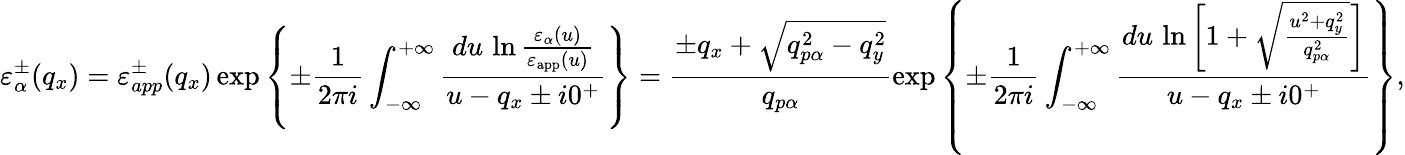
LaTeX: \varepsilon_{\alpha}^{\pm}({{q}_{x}})=\varepsilon_{app}^{\pm}({{q}_{x}})\exp\left\{ \pm\frac{1}{2\pi i}\int_{-\infty}^{+\infty}{\frac{du\, \ln\frac{{{\varepsilon}_{\alpha}}(u)}{{{\varepsilon}_{\mathrm{app}}}(u)}}{u-{{q}_{x}}\pm i{{0}^{+}}}}\right\} =\frac{\pm{{q}_{x}}+\sqrt{q_{p\alpha}^{2}-q_{y}^{2}}}{{{q}_{p\alpha}}}\exp\left\{ \pm\frac{1}{2\pi i}\int_{-\infty}^{+\infty}{\frac{du\, \ln\left[1+\sqrt{\frac{{{u}^{2}}+q_{y}^{2}}{q_{p\alpha}^{2}}}\right]}{u-{{q}_{x}}\pm i{{0}^{+}}}}\right\} ,